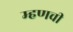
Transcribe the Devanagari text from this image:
म्हणची